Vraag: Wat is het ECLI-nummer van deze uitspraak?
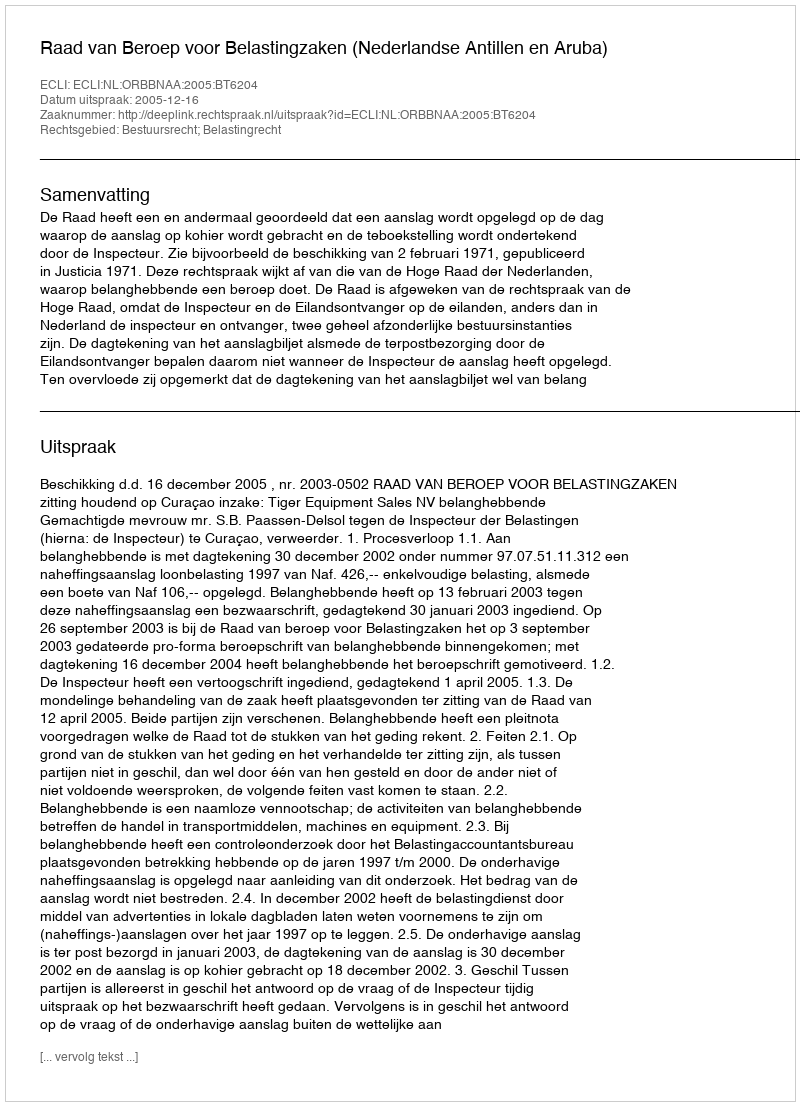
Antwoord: ECLI:NL:ORBBNAA:2005:BT6204